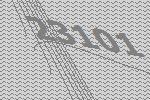
23101